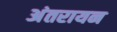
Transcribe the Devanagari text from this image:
अंतरायन